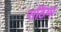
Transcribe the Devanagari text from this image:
राठिया